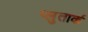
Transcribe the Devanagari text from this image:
प्लुतार्क